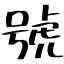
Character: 號